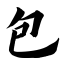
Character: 包